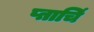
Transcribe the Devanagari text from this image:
प्ताचिं